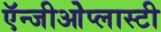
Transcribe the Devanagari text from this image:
ऍन्जीओेप्लास्टी